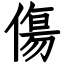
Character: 傷